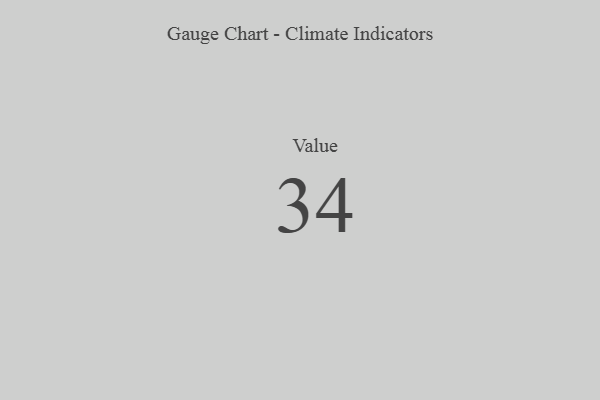
{"axis": {"x": "Metric", "y": "Value"}, "legend": [""], "data": [{"x": "Value", "y": 34, "type": ""}]}